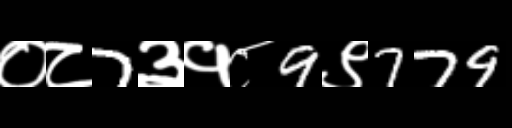
Text: ०८7३१८9९779